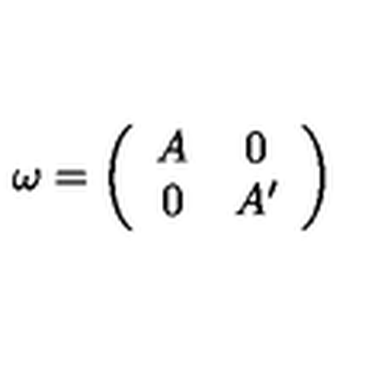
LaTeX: \omega = \left( \begin{array} { c c } { A } & { 0 } \\ { 0 } & { A ^ { \prime } } \\ \end{array} \right)